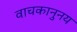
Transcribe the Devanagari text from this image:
वाचकानुनय